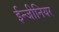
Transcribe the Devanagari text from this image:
ईन्जीनियर